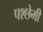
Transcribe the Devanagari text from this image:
पश्छेमी